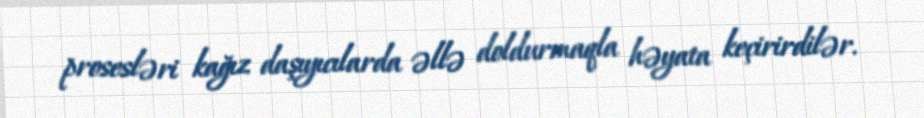
prosesləri kağız daşıyıcılarda əllə doldurmaqla həyata keçirirdilər.